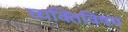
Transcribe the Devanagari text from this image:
व्यक्तिविषय